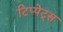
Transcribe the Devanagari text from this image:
टिप्‍पेट्स